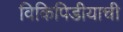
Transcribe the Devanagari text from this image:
विकिपिडीयाची